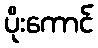
ပိုးကောင်